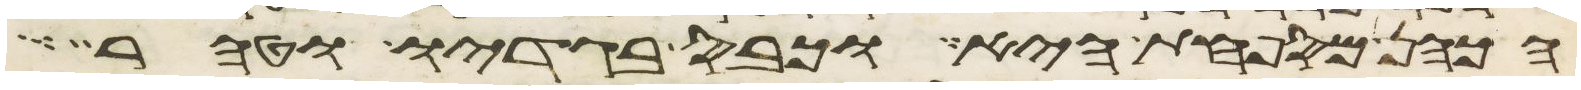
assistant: הכהן המספחת היא וכבס בגדיו וטהר